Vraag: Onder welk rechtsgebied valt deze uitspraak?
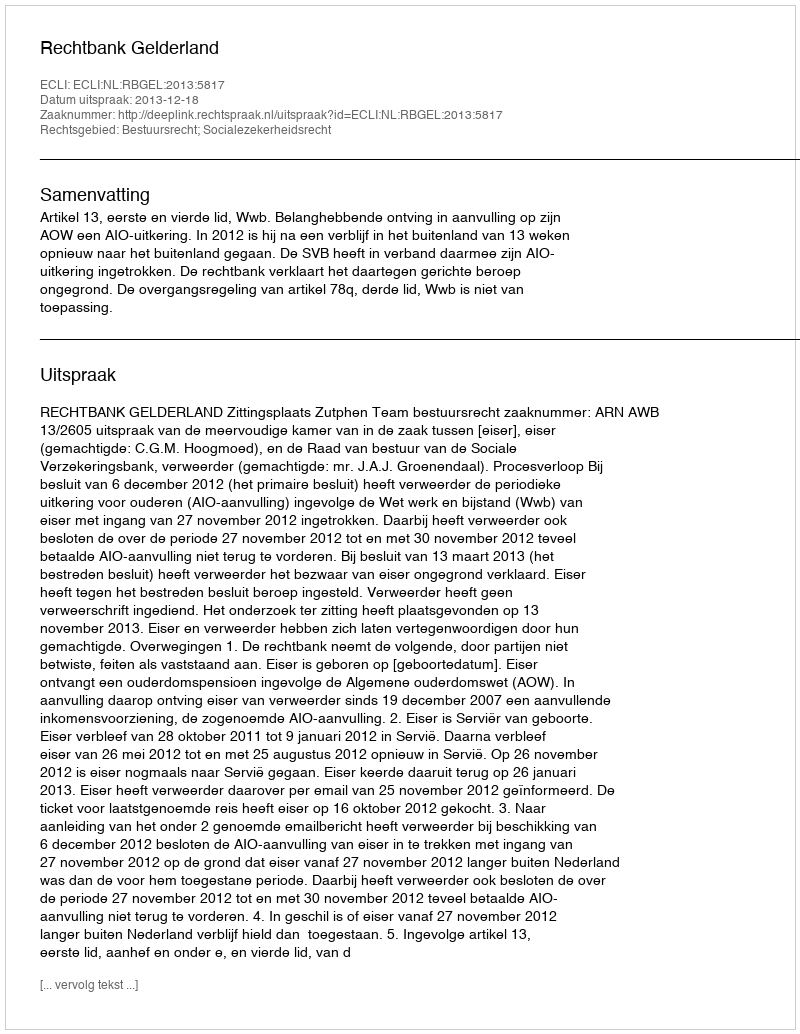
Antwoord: Bestuursrecht; Socialezekerheidsrecht